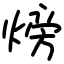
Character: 𪹚